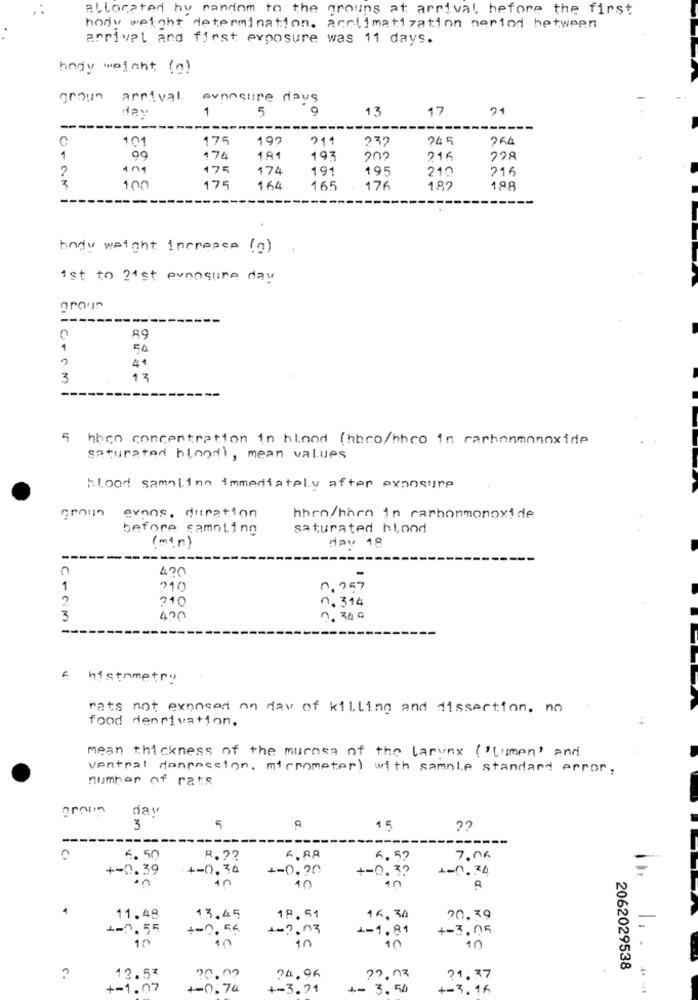
allocated by random to the groups at arrival before the first
body weight determination. acclimatization period between
arrival and first exposure was 11 days.
body weight (g)
grown arrival.
suninsure days
day
9
13
17
21
1
5
--
101
175
197
211
232
24 5
1
174
181
193
202
216
2
175
174
191
195
210
215
3
900
175
164
165
176
182
188
body weight increase (g)
1st to 21st evnocure day
grou
--
89
1
54
41
3
13
5 hbon concentration in hlond (hbco/hhco in carhonmonoxide
saturated blond, mean values
blood samling immediately after exposure
grain expos. duration
hhro/hhen in carbonmonoxide
before sampling
saturated hi,ood
day 18
(min)
---
C
420
1
310
0.357
210
0.314
3
400
& histometry
rats not exposed on day of killing and dissection. no
food deprivation.
mean thickness of the mucosa of the larynx ( "Lumen' and
ventral denpassion, micrometer) with sample standard error,
number of rats
groun
day
3
5
15
??
-
----
---------
CA
6.50
R. ??
6, AR
6.57
+-0.39
+-0.34
+-0,20
4-0.34
in
1n
+-0.3?
10
in
A
4
11.48
13.45
18.51
16.34
20.39
1-0.55
+=0.56
1-2.03
1-1.81
+-3.05
10
10
10
10
10
2062029538
?
12.53
00.09
24.96
21.37
+-1.07
+-0.74
+-3.21
+- 3. 50
+=3.16
- -